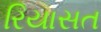
રિયાસત